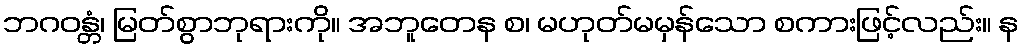
ဘဂဝန္တံ၊ မြတ်စွာဘုရားကို။ အဘူတေန စ၊ မဟုတ်မမှန်သော စကားဖြင့်လည်း။ န